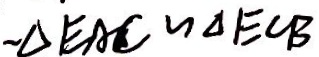
\sim \Delta E A C \sim \Delta E C B